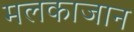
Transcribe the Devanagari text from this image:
मलकाजान